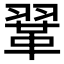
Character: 𫖈